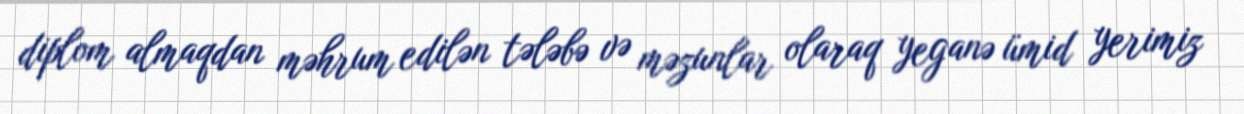
diplom almaqdan məhrum edilən tələbə və məzunlar olaraq yeganə ümid yerimiz